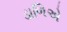
ડાળિએ